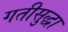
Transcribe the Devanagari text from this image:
गतीसुद्धा